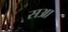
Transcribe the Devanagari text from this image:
सआ